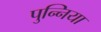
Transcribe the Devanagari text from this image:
पुन्निया